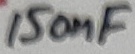
Text: 150nF